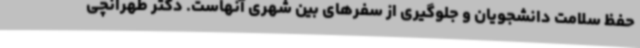
حفظ سلامت دانشجویان و جلوگیری از سفرهای بین شهری آنهاست. دکتر طهرانچی